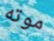
موته